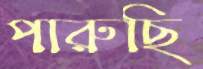
পারুছি